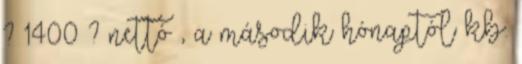
? 1400 ? nettó , a második hónaptól kb.